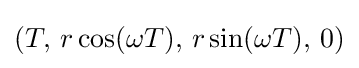
(T,\,r\cos(\omega T),\,r\sin(\omega T),\,0)